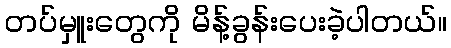
တပ်မှူးတွေကို မိန့်ခွန်းပေးခဲ့ပါတယ်။